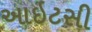
આઇટસી